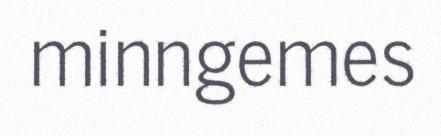
minngemes